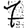
Digit: 7